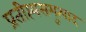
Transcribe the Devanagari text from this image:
प्रतीप्त्यसमुत्पाद